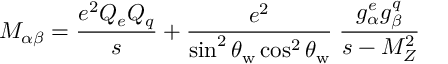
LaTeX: M _ { \alpha \beta } = \frac { e ^ { 2 } Q _ { e } Q _ { q } } { s } + \frac { e ^ { 2 } } { \sin ^ { 2 } \theta _ { \mathrm { w } } \cos ^ { 2 } \theta _ { \mathrm { w } } } \; \frac { g _ { \alpha } ^ { e } g _ { \beta } ^ { q } } { s - M _ { Z } ^ { 2 } }